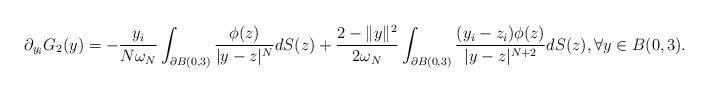
LaTeX: \begin{align*}\partial_{y_i}G_2(y)=-\frac{y_{i}}{N\omega_{N}}\int_{\partial B(0,3)}\frac{\phi(z)}{|y-z|^{N}}dS(z)+ \frac{2-\|y\|^{2}}{2\omega_{N}}\int_{\partial B(0,3)}\frac{(y_i-z_i)\phi(z)}{|y-z|^{N+2}}dS(z), \forall y\in B(0,3).\end{align*}